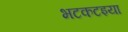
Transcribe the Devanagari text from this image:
भटकटइया